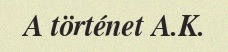
A történet A.K.